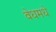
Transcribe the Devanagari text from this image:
वेधमधे